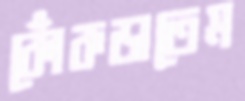
কোঁকড়াতেম